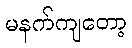
မနက်ကျတော့